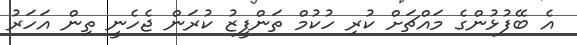
އެ ބޭފުޅުންގެ މައްޗަށް ކުރި ހުކުމް ތަންފީޒު ކުރަން ޖެހެނީ ތިން އަހަރު